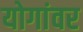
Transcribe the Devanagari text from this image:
योगांवर